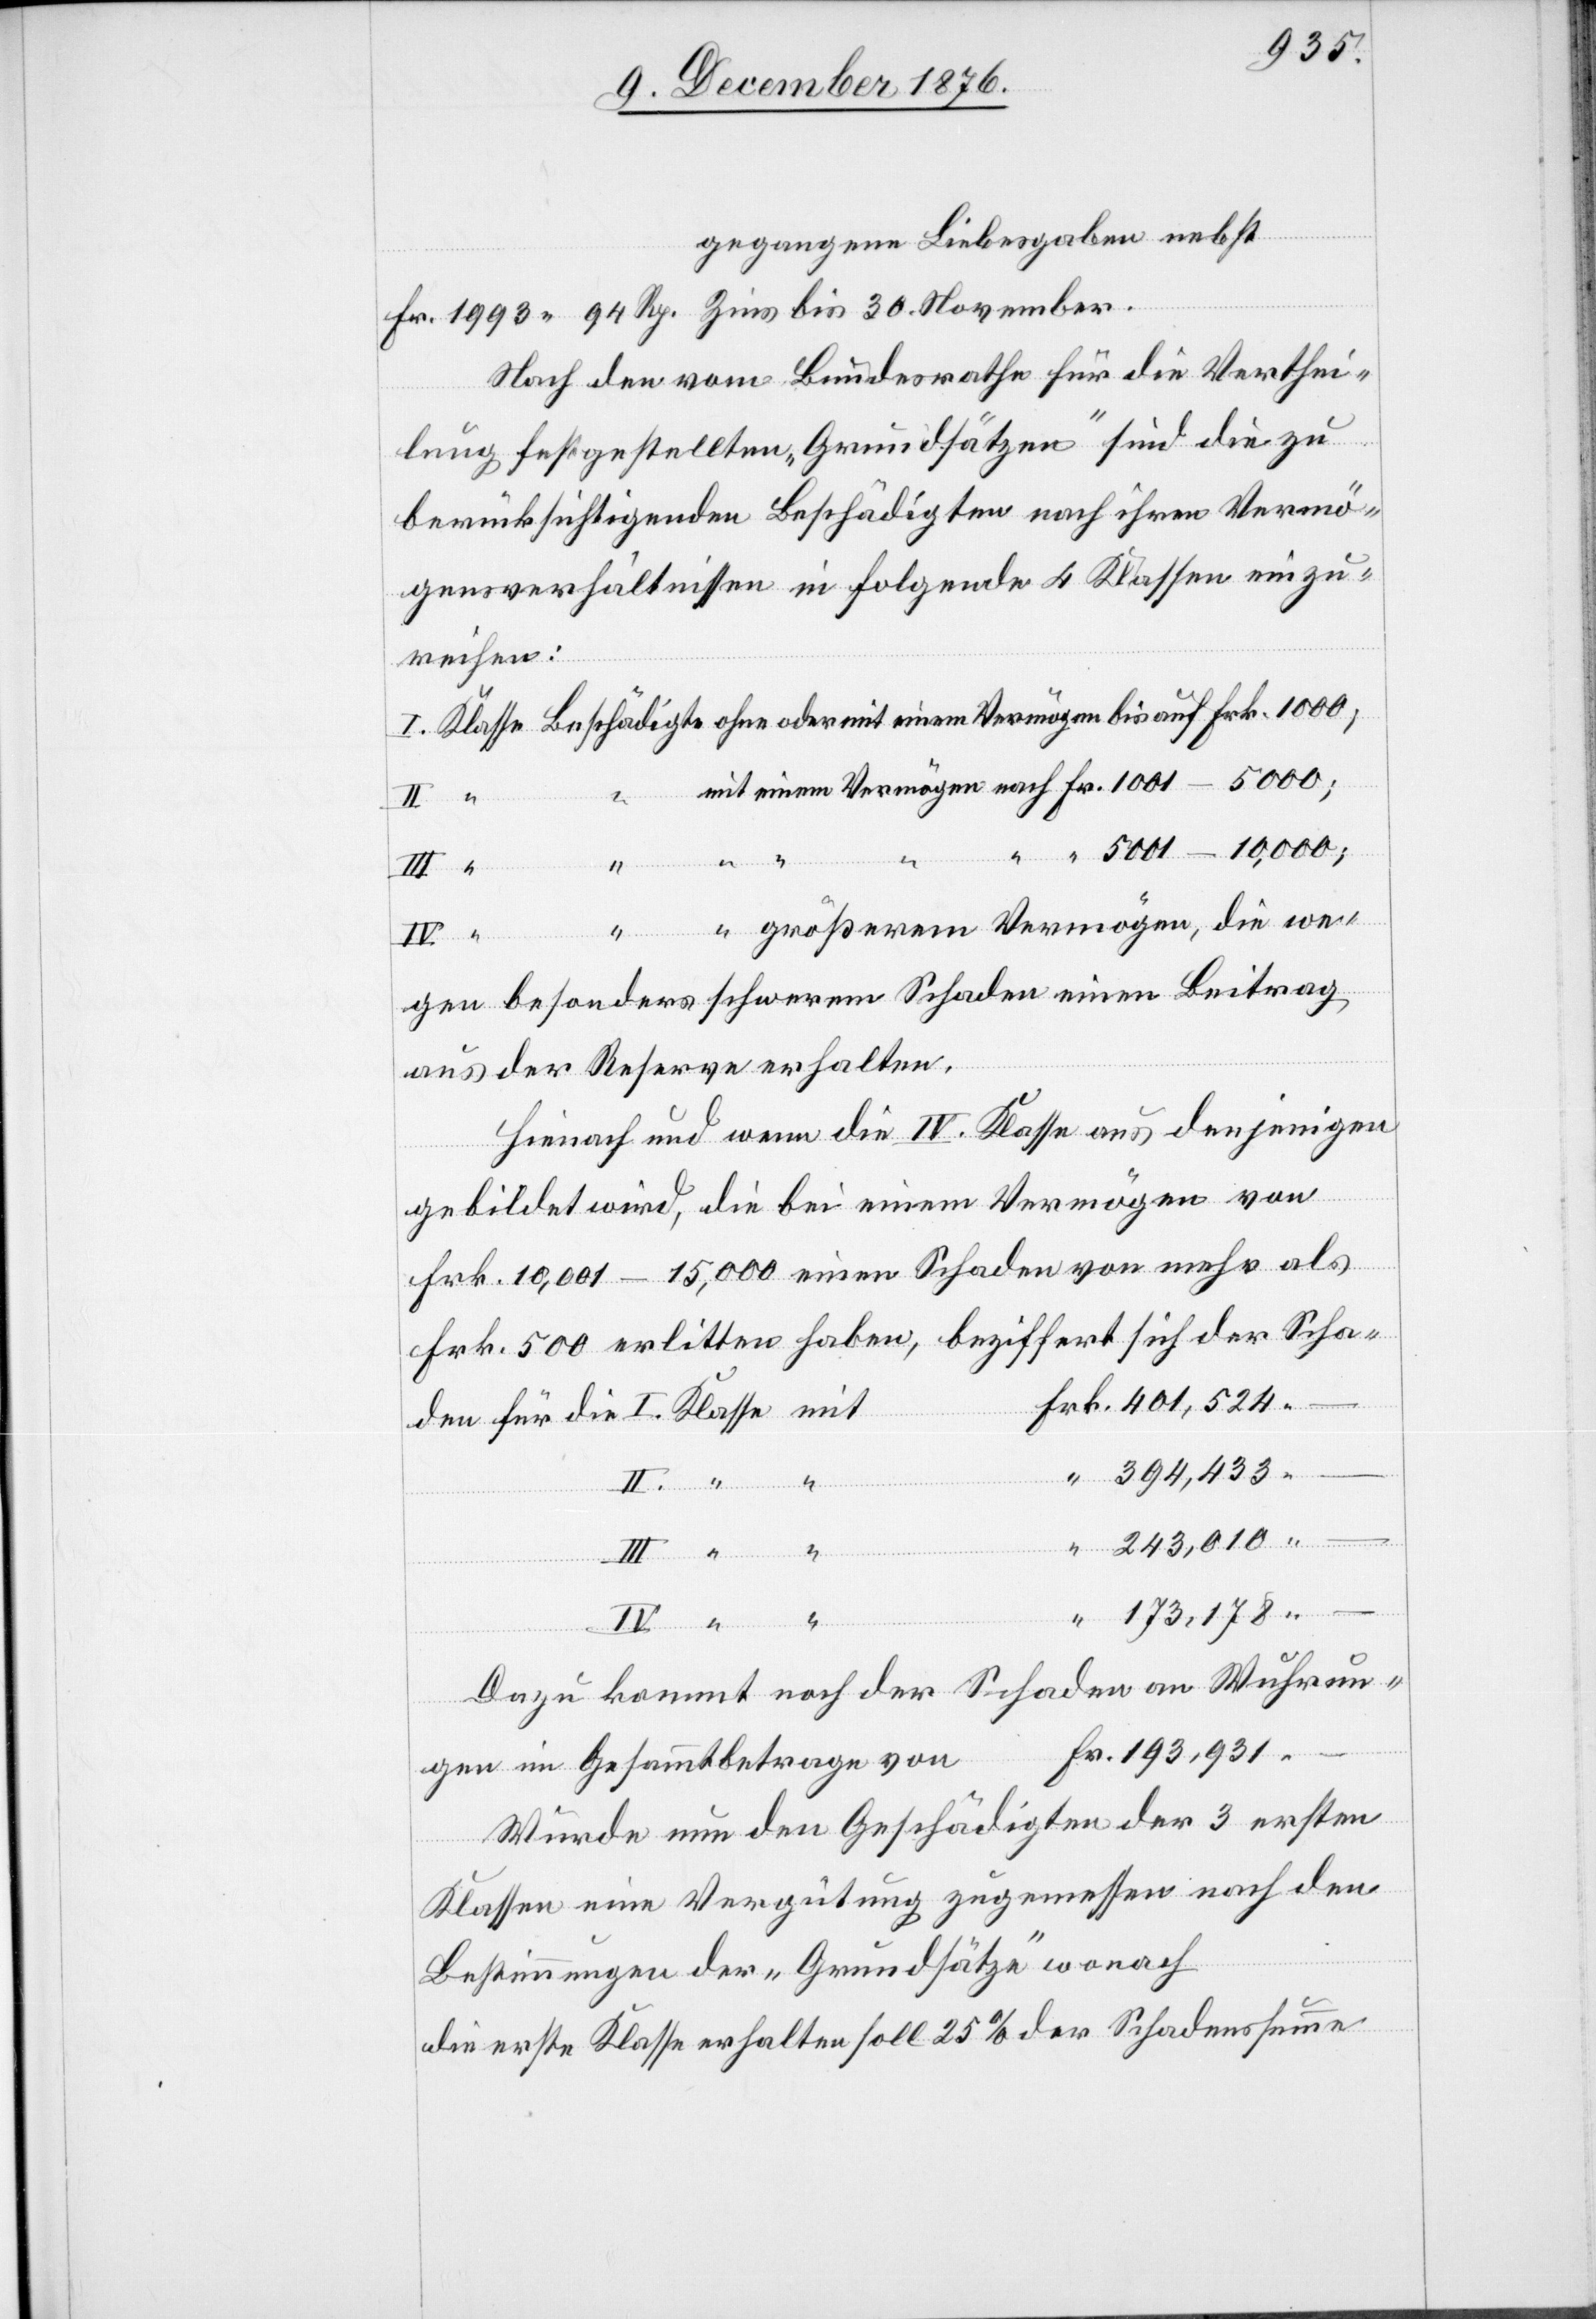
–
gegangene Liebesgaben nebst
Nach den vom Bundesrathe für die Verthei¬
lung festgestellten „Grundsätzen“ sind die zu
berücksichtigenden Beschädigten nach ihren Vermö¬
gensverhältnissen in folgende 4 Klassen einzu¬
Sch¬
5001–10,000;
erhalten
Klasse
III.
25
gen besonders schwerem Schaden einen Beitrag
aus der Reserve erhalten.
Hienach und wenn die IV. Klasse aus denjenigen
gebildet wird, die bei einem Vermögen von
Frk. 10,001–15,000 einen Schaden von mehr als
Frk. 500 erlitten haben beziffert sich der Scha¬
394,433
adenssumme
243,010
–
Dazu kommt noch der Schaden an Wuhrun¬
Fr. 193,931 –.
gen im Gesammtbetrage von
Wurde nun den Geschädigten der 3 ersten
Klassen eine Vergütung zugemessen nach den
Bestimmungen der „Grundsätze“ wonach